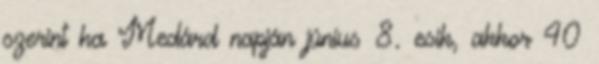
szerint ha Medárd napján június 8. esik, akkor 40